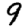
Digit: 9